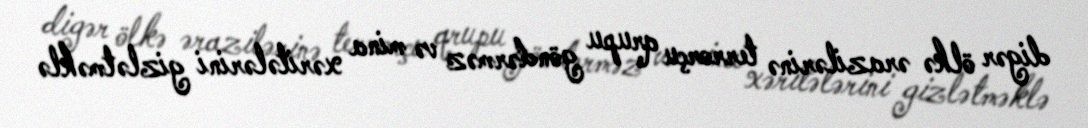
digər ölkə ərazilərinə terrorçu qrupu göndərməz və mina xəritələrini gizlətməklə